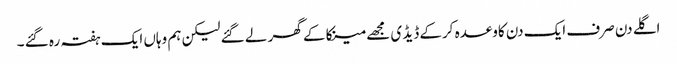
اگلے دن صرف ایک دن کاوعدہ کرکے ڈیڈ ی مجھے مینکا کے گھر لے گئے لیکن ہم وہاں ایک ہفتہ رہ گئے ۔